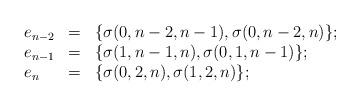
LaTeX: \begin{align*}\begin{array}{lll}e_{n-2}&=&\{\sigma(0,n-2,n-1),\sigma(0,n-2,n)\};\\e_{n-1}&=&\{\sigma(1,n-1,n),\sigma(0,1,n-1)\};\\e_{n}&=&\{\sigma(0,2,n),\sigma(1,2,n)\};\\\end{array}\end{align*}